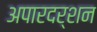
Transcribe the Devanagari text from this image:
अपारदर्शन